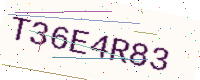
Text: T36E4R83